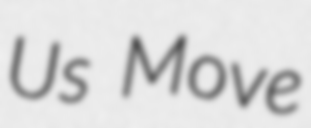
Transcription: Us Move